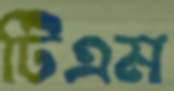
টিএম